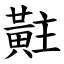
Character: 黈